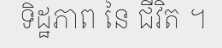
ទិដ្ឋភាព នៃ ជីវិត ។